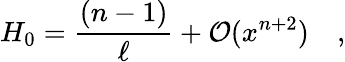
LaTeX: H_{0}=\frac{(n-1)}{\ell}+{\cal O}(x^{n+2})\quad,